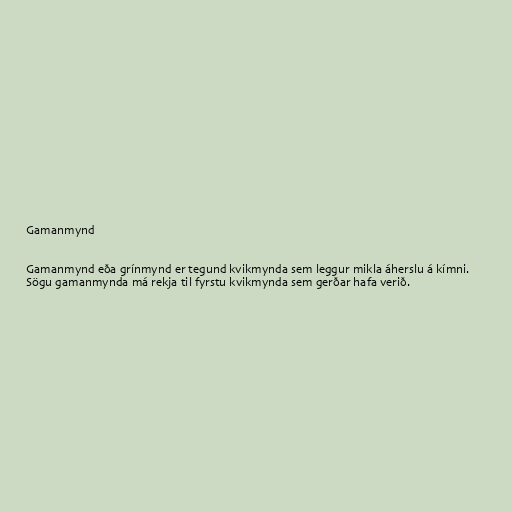
Gamanmynd

Gamanmynd eða grínmynd er tegund kvikmynda sem leggur mikla áherslu á kímni.
Sögu gamanmynda má rekja til fyrstu kvikmynda sem gerðar hafa verið.